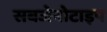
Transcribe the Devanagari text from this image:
सबजेनोटाइप